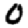
Digit: 0